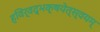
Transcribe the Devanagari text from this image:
हविर्वद्भक्षयेत्स्वयम्